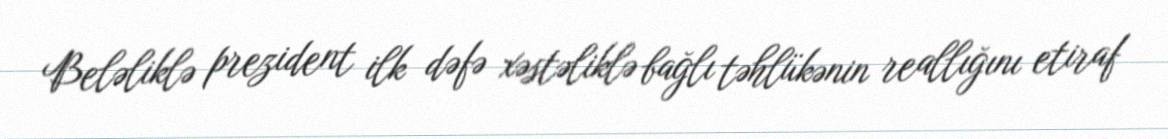
Beləliklə prezident ilk dəfə xəstəliklə bağlı təhlükənin reallığını etiraf